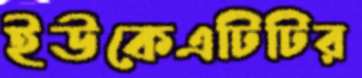
ইউকেএটিটির